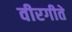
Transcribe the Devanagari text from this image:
वीरगीते